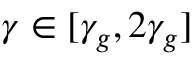
\gamma \in [ \gamma _ { g } , 2 \gamma _ { g } ]